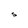
Character: S